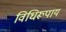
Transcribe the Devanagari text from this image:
विधिरूपाय